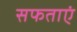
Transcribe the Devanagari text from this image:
सफताएं